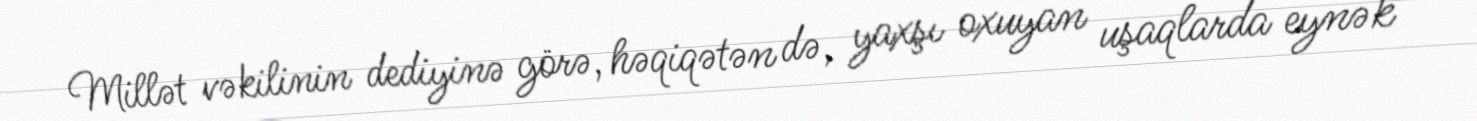
Millət vəkilinin dediyinə görə, həqiqətən də, yaxşı oxuyan uşaqlarda eynək